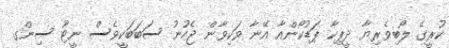
ކުރީގެ ލޯބިވެރިޔާ ދީޕިކާ ޕަޑުކޯންއާ އޭނާ ވަކިވާން ޖެހުނު ސަބަބަކީވެސް ނީޓޫ ސިންގ